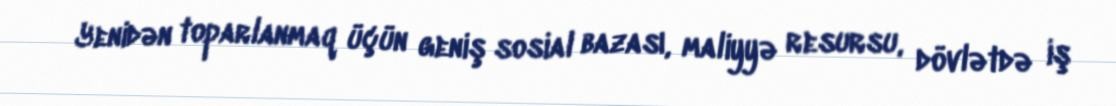
Yenidən toparlanmaq üçün geniş sosial bazası, maliyyə resursu, dövlətdə iş